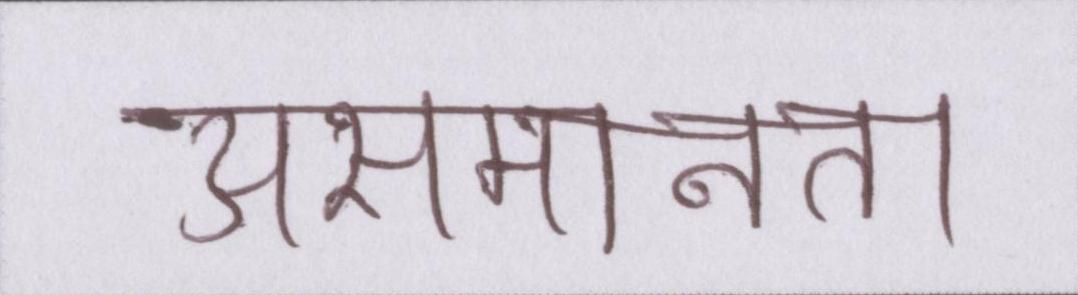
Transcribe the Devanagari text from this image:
असमानता